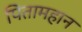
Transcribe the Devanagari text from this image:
पितामहान